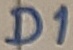
Text: D1